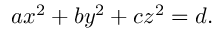
a x ^ { 2 } + b y ^ { 2 } + c z ^ { 2 } = d .